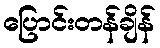
ပြောင်းတန်ချိန်